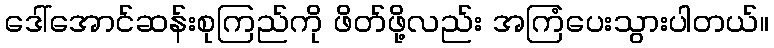
ဒေါ်အောင်ဆန်းစုကြည်ကို ဖိတ်ဖို့လည်း အကြံပေးသွားပါတယ်။